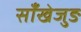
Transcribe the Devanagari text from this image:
साँखेजुङ